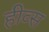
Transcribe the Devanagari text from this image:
हीव्स